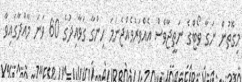
މިގޮތުން ނަގާ ވޯޓްގެ ނަތީޖާވެސް އެއްވަރުވެއްޖެނަމަ ހިންގާ ގަވާއިދުގެ 60 ވަނަ މާއްދާގައިވާ